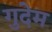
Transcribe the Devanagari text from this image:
गुदेम